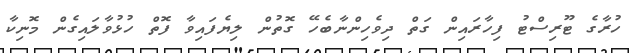
ހުރާގެ ޓޫރިސްޓު ފިހާރައިން ގަތް ދިވެހިންނާބެހޭ ގޮތުން ލިޔެފައިވާ ފޮތް ހުޅުވާލައިގެން މޮނިކާ